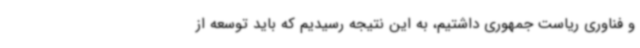
و فناوری ریاست جمهوری داشتیم، به این نتیجه رسیدیم که باید توسعه از